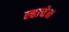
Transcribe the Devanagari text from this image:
ल्हाचेन